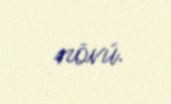
növü.